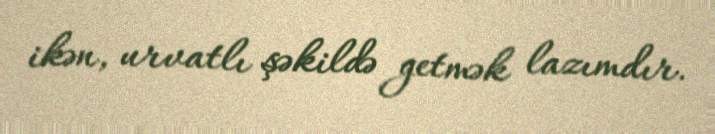
ikən, urvatlı şəkildə getmək lazımdır.